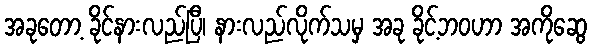
အခုတော့ ခိုင်နားလည်ပြီ၊ နားလည်လိုက်သမှ အခု ခိုင့်ဘဝဟာ အကိုဆွေ